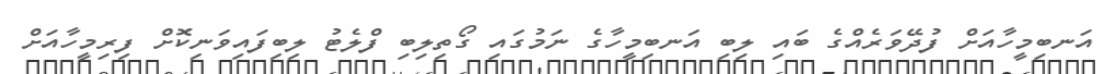
އަނބިމީހާއަށް ފުދޭވަރެއްގެ ބައި ލިބި އަނބިމީހާގެ ނަމުގައި ގޯތިލިބި ފްލެޓު ލިބިފައިވަނިކޮށް ފިރިމީހާއަށް